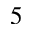
5